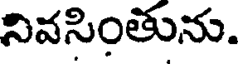
నివసింతును.